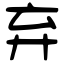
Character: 弃